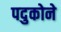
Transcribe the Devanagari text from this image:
पदुकोने